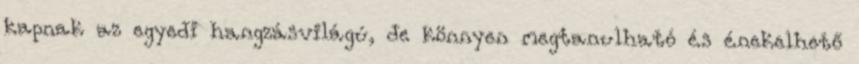
kapnak az egyedi hangzásvilágú, de könnyen megtanulható és énekelhető